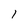
Character: l